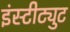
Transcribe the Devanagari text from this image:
इंस्‍टीट्युट